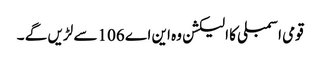
قومی اسمبلی کا الیکشن وہ این اے 106سے لڑیں گے ۔